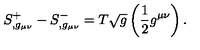
S _ { , g _ { \mu \nu } } ^ { + } - S _ { , g _ { \mu \nu } } ^ { - } = T \sqrt { g } \left( \frac { 1 } { 2 } g ^ { \mu \nu } \right) .